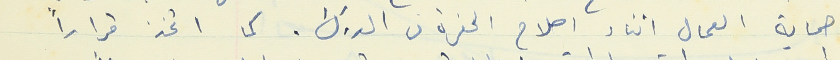
حماية العمال اثناء اصلاح الحفرة من الدرك. كما اتخذ قراراً